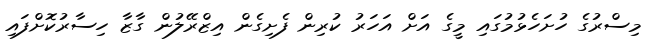
މިސްރުގެ ހުށަހެޅުމުގައި މީގެ އަށް އަހަރު ކުރިން ފެށިގެން އިޒްރޭލުން ގާޒާ ހިސާރުކޮށްފައި